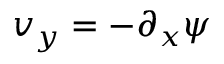
v _ { y } = - \partial _ { x } \psi